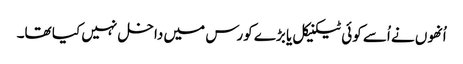
اُنھوں نے اُسے کوئی ٹیکنیکل یا بڑے کورس میں داخل نہیں کیا تھا۔